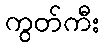
ကွတ်ကီး